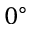
0 ^ { \circ }